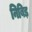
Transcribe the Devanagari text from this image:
निबिड़